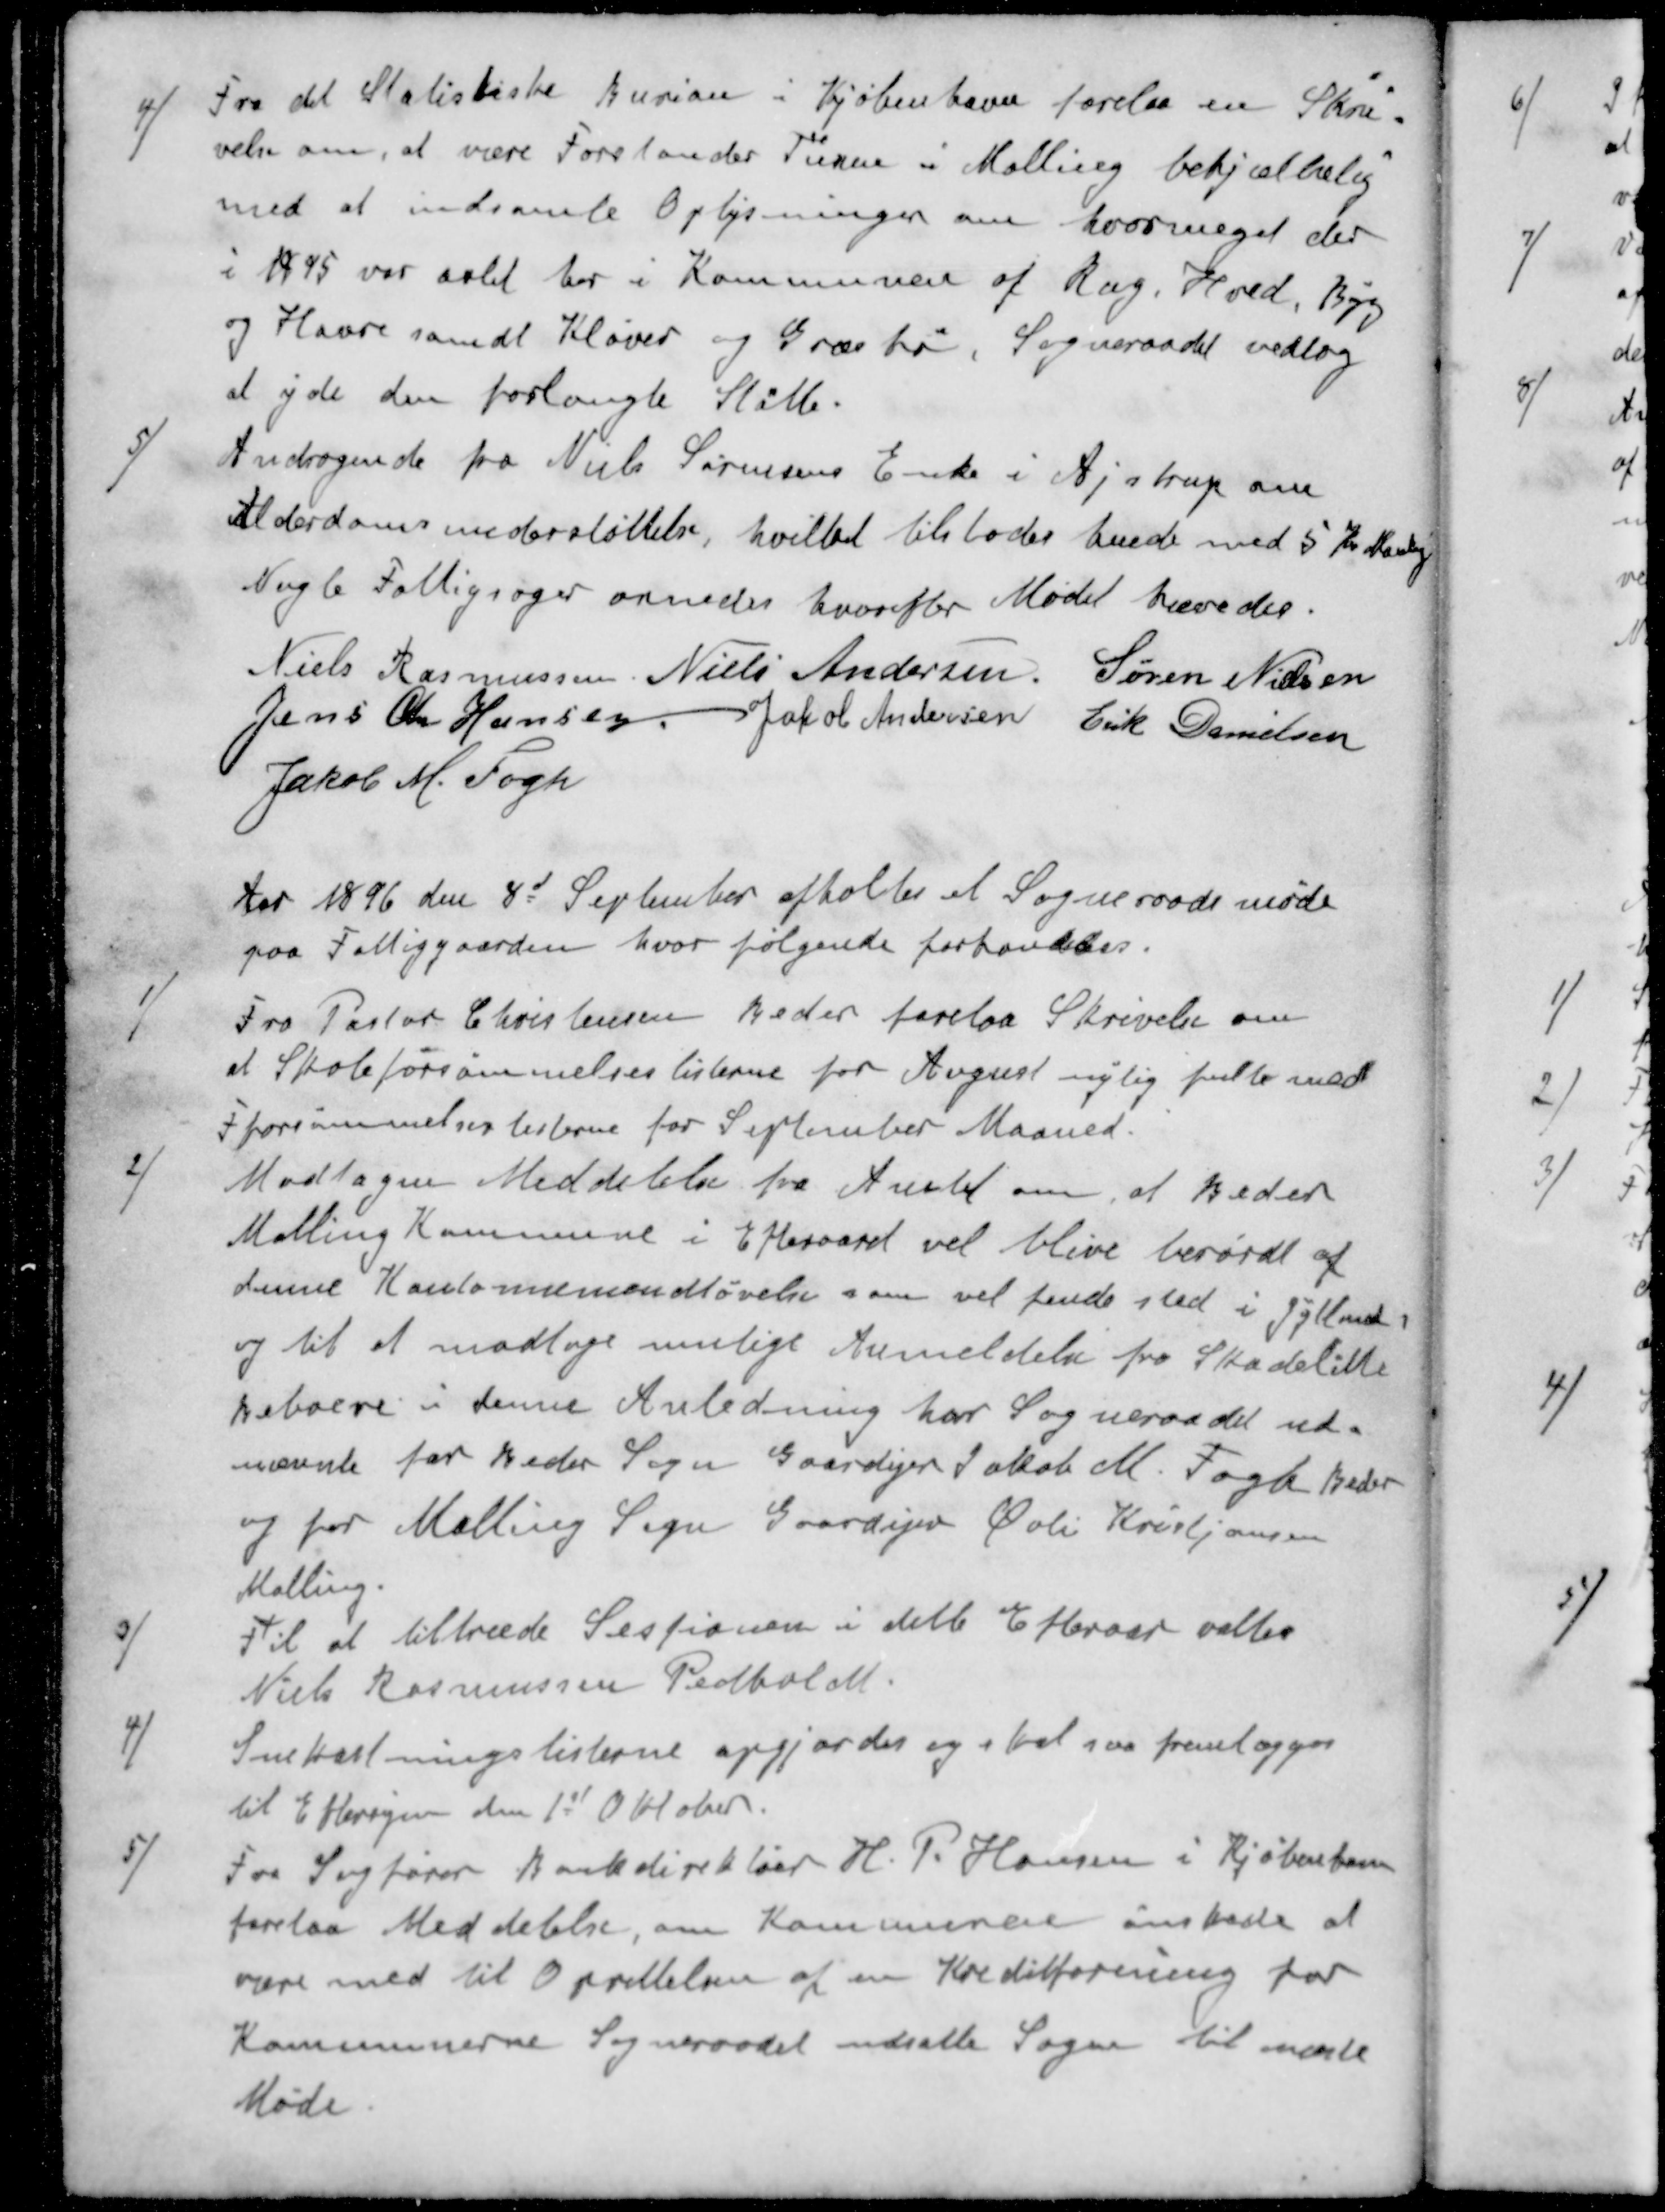
Transskription:
4 ) Fra det Statistiske Buriau i Kjøbenhavn forelaa en Skri-
velse om, at være Forstander Türen i Malling behjælpelig
med at indsamle Oplysninger om hvor meget der
i 1895 var avlet her i Kommunen af Rug Hved, Byg
og Havre samdt Kløver og Græshø. Sogneraadet vedtog
at yde den forlangte Støtte.
5 ) Andragende fra Niels Sørensens Enke i Ajstrup om
Alderdomsunderstøttelse, hvilket tilstodes hende med 5 Kr. Manlig
Nogle Fattigsager ornedes hvorefter Mødet hævedes.
Niels Rasmussen
Niels Andersen
Søren Nielsen
Jens Chr Hansen
Jacob Andersen
Erik Danielsen
Jakob M. Fogh
Aar 1896 den 8d September afholtes et Sogneraadsmøde
paa Fattiggaarden, hvor følgende forhandles.
1 )Fra Pastor Christensen Beder forelaa Skrivelse om
at Skoleforsømmelseslisterne for August nylig fulte med
Fforsømmelseslisterne for September Maaned.
2 ) Modtagen Meddelelse fra Amtet om, at Beder
Malling Kommune i Efteraaret vel blive berørdt af
denne Kantonemandtøvelse som vil finde sted i Jylland
og til at modtage mulige Anmeldelse fra Skadelitte
beboere i denne Anledning har Sogneraadet ud-
nævnt for Beder Sogn Gaardejer Jakob M. Fogh Beder
og for Malling Sogn Gaardejer Øvli Kristjansen
Malling.
3 ) Til at tiltræde Sessionen i dette Efteraar valtes
Niels Rasmussen Pedholdt.
4 ) Snekastningslisterne opgjordes og skal saa fremlægges
til Eftersyn den 1st Oktober.
5 ) Fra Sagfører Bankdirektør H. P. Hansen i Kjøbenhavn
forelaa Meddelelse, om Kommunen ønskede at
være med til Oprettelsen af en Kreditforening for
Kommunerne Sogneraadet udsatte Sagen til næste
Møde